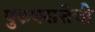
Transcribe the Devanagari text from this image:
पुरुषसत्तेची